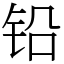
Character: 铅